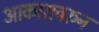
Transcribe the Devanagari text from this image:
आकारावरुन